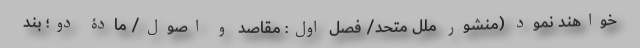
خواهند نمود (منشور ملل متّحد/ فصل اوّل: مقاصد و اصول/ مادّۀ دو؛ بند